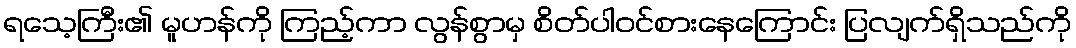
ရသေ့ကြီး၏ မူဟန်ကို ကြည့်ကာ လွန်စွာမှ စိတ်ပါဝင်စားနေကြောင်း ပြလျက်ရှိသည်ကို